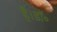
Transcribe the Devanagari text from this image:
है।डॉ॰